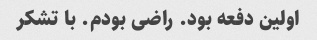
اولین دفعه بود. راضی بودم. با تشکر